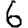
Digit: 6